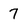
Character: 7